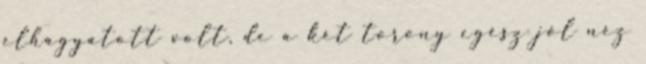
elhagyatott volt, de a két torony egész jól néz